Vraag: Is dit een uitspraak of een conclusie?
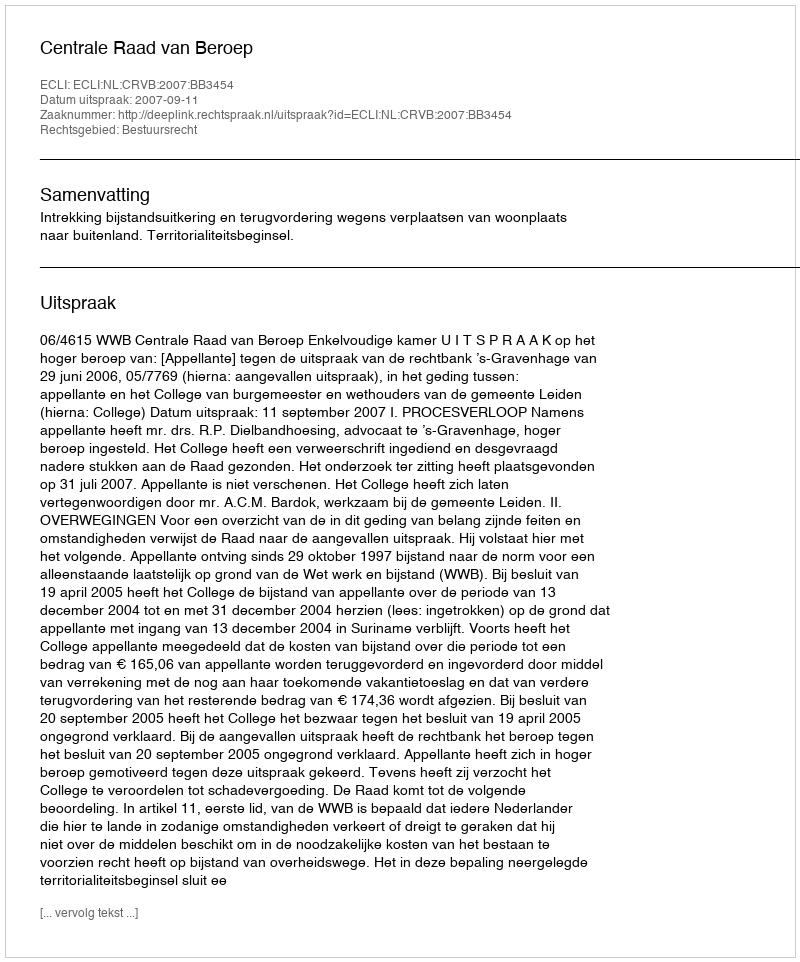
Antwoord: Uitspraak